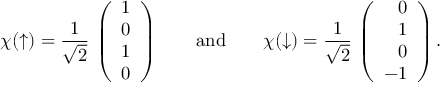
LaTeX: \chi ( \uparrow ) = { \frac { 1 } { \sqrt { 2 } } } \, \left( \begin{array} { r } { { 1 } } \\ { { 0 } } \\ { { 1 } } \\ { { 0 } } \end{array} \right) \qquad \mathrm { a n d } \qquad \chi ( \downarrow ) = { \frac { 1 } { \sqrt { 2 } } } \, \left( \begin{array} { r } { { 0 } } \\ { { 1 } } \\ { { 0 } } \\ { { - 1 } } \end{array} \right) .